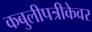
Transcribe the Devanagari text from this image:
कबुलीपत्रीकेवर